Report of the Bombay Plague Committee
Disease focus: Plague
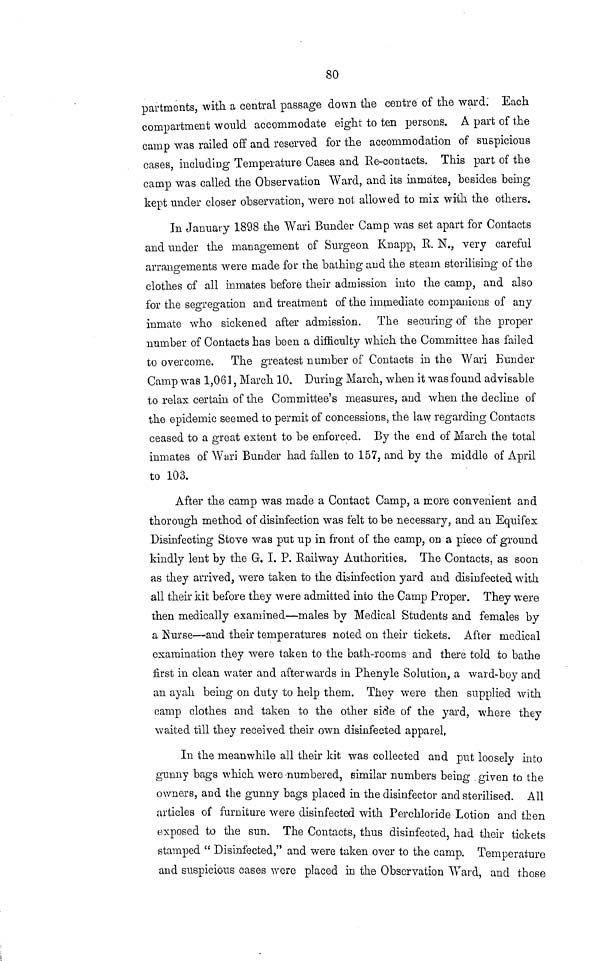
80
partments, with a central passage down the centre of the ward. Each
compartment would accommodate eight to ten persons. A part of the
camp was railed off and reserved for the accommodation of suspicious
cases, iucluding Temperature Cases and Re-contacts. This part of the
camp was called the Observation Ward, and its inmates, besides being
kept under closer observation, were not allowed to mix with the others.
In January 1898 the Wari Bunder Camp was set apart for Contacts
and under the management of Surgeon Knapp, R. N., very careful
arrangements were made for the bathing and the steam sterilising of the
clothes of all inmates before their admission into the camp, and also
for the segregation and treatment of the immediate companions of any
inmate who sickened after admission. The securing of the proper
number of Contacts has been a difficulty which the Committee has failed
to overcome. The greatest number of Contacts in the Wari Bunder
Camp was 1,061, March 10. During March, when it was found advisable
to relax certain of the Committee's measures, and when the decline of
the epidemic seemed to permit of concessions, the law regarding Contacts
ceased to a great extent to be enforced. By the end of March the total
inmates of Wari Bunder had fallen to 157, and by the middle of April
to 103.
After the camp was made a Contact Camp, a more convenient and
thorough method of disinfection was felt to be necessary, and an Equifex
Disinfecting Stove was put up in front of the camp, OD a piece of ground
kindly lent by the G. I. P. Railway Authorities. The Contacts, as soon
as they arrived, were taken to the disinfection yard and disinfected with
all their kit before they were admitted into the Camp Proper. They were
then medically examined—males by Medical Students and females by
a Nurse—and their temperatures noted on their tickets. After medical
examination they were taken to the bath-rooms and there told to bathe
first in clean water and afterwards in Phenyle Solution, a ward-boy and
an ayah being on duty to help them. They were then supplied with
camp clothes and taken to the other side of the yard, where they
waited till they received their own disinfected apparel,
In the meanwhile all their kit was collected and put loosely into
gunny bags which were-numbered, similar numbers being given to the
owners, and the gunny bags placed in the disinfector and sterilised. All
articles of furniture were disinfected with Perchloride Lotion and then
exposed to the sun. The Contacts, thus disinfected, had their tickets
stamped " Disinfected," and were taken over to the camp. Temperature
and suspicious cases wore placed in the Observation Ward, and those